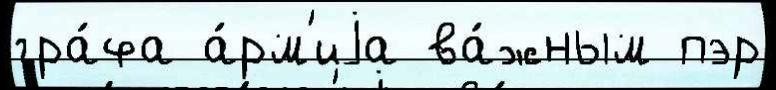
гра́фа а́рм'иjа ва́жным пэр